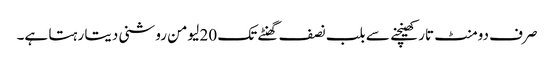
صرف دومنٹ تار کھینچنے سے بلب نصف گھنٹے تک 20 لیومن روشنی دیتا رہتا ہے۔